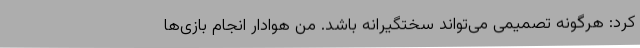
کرد: هرگونه تصمیمی می‌تواند سختگیرانه باشد. من هوادار انجام بازی‌ها